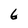
Character: 6